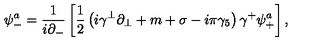
\psi _ { - } ^ { a } = \frac { 1 } { i \partial _ { - } } \left[ { \frac { 1 } { 2 } } \left( i \gamma ^ { \perp } \partial _ { \perp } + m + \sigma - i \pi \gamma _ { 5 } \right) \gamma ^ { + } \psi _ { + } ^ { a } \right] ,